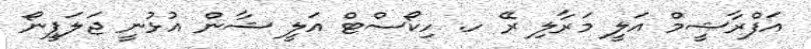
އަފްރާޝީމް އަލީ މަރާލި ރޭ ހ. ހިކޯސްޓް އަލީ ޝާން އުޅުނީ ޖަލަޕީނޯ